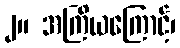
၂။ အကြိယကြောင့်၊